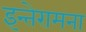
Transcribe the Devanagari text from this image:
इन्तेरामना